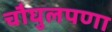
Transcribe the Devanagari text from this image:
चौघुलपणा